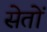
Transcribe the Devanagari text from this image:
सेतों